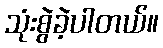
သုံးစွဲခဲ့ပါတယ်။